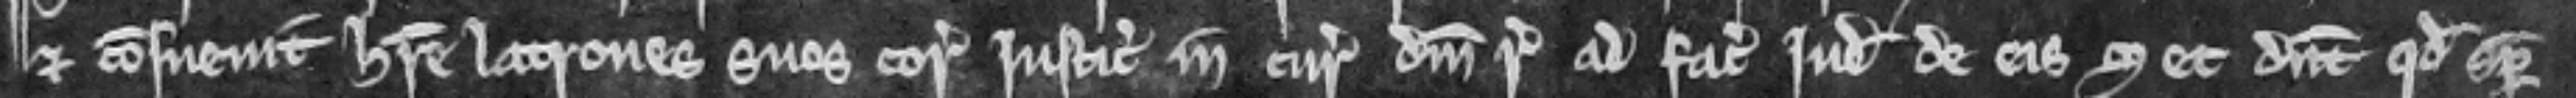
et consuevit habere latrones suos coram justiciariis in curia domini regis ad faciendum judicium de eis set dicunt quod semper